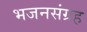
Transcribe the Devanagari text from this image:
भजनसंग्रह